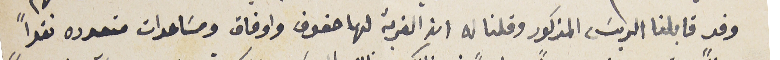
وفد قابلنا الربسَ المذكور وقلنا له ان القرية لها حقوق واوفاق ومسَاعدات متعدده نقداً